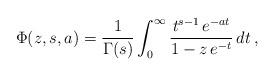
LaTeX: \begin{align*}\Phi(z,s,a) = \frac{1}{\Gamma(s)}\int_0^{\infty}\frac{t^{s-1}\,{e}^{-at}}{1-z\,{e}^{-t}}\,{d}t \,, \end{align*}